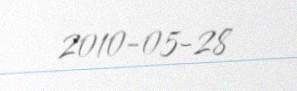
2010-05-28